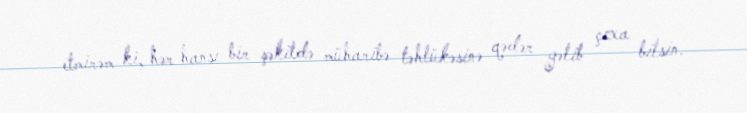
etmirəm ki, hər hansı bir şəkildə müharibə təhlükəsinə qədər gəlib çıxa bilsin.